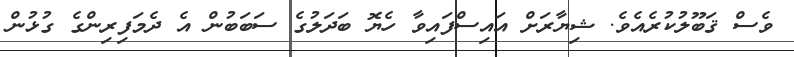
ވެސް ޤަބޫލުކުރެއެވެ. ޝިޔާރަށް އައިސްފައިވާ ހެޔޮ ބަދަލުގެ ސަބަބުން އެ ދެމަފިރިންގެ ގުޅުން